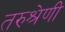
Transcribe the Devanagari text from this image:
तरुश्रेणी